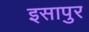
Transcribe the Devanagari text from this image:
इसापुर